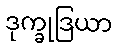
ဒုက္ခုဒြယာ